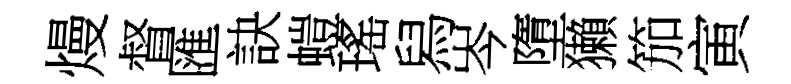
熳督匯訣螘瑤舄岑墮獺笳寅